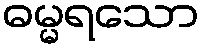
ဓမ္မရသော